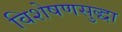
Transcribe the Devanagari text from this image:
विशेषणसुद्धा